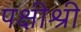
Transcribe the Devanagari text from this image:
पक्षीश्री